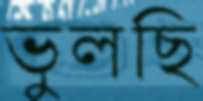
ভুলছি